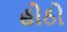
હોઠો